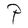
Character: P